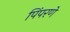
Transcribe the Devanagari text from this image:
पिंपरणे